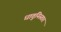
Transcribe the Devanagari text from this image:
धातुनिस्तार